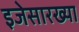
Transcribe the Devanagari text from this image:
इजेसारख्या